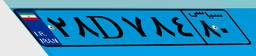
۲۸D۷۸۴۸۰